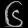
Digit: ၆